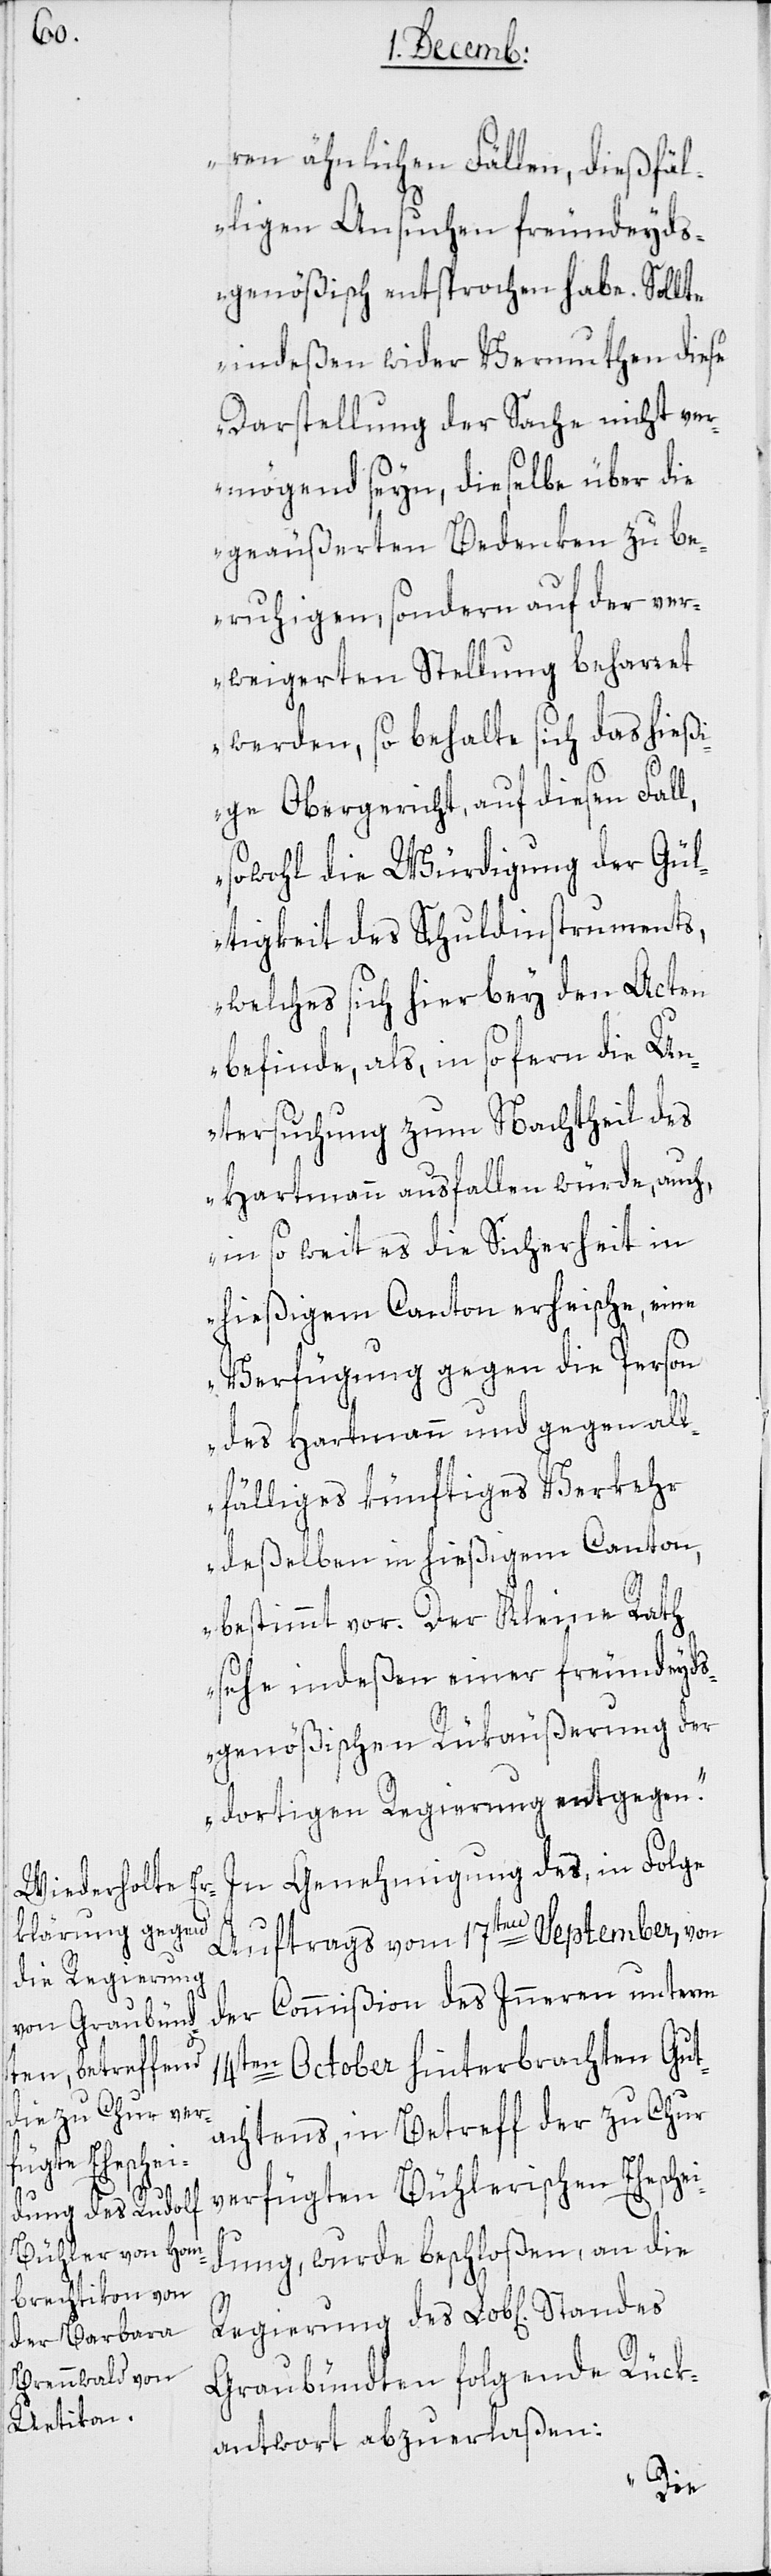
ren ähnlichen Fällen, dießfäl¬
ligen Ansuchen freundeyd¬
genößisch entsprochen habe. Sollte
indeßen wider Vermuthen diese
Darstellung der Sache nicht ver¬
mögend seyn, dieselbe über die
geäußerten Bedenken zu be¬
ruhigen, sondern auf der ver¬
weigerten Stellung beharret
werden, so behalte sich das hießi¬
ge Obergericht auf diesen Fall,
sowohl die Würdigung der Gül¬
tigkeit des Schuldinstruments,
welches sich hier bey den Akten
befinde, als insofern die Un¬
tersuchung zum Nachtheil des
Hartmann ausfallen würde, auch,
in so weit es die Sicherheit in
hießigem Canton erheische, eine
Verfügung gegen die Person
des Hartmann und gegen all¬
fälliges künftiges Verkehr
deßelben in hießigem Canton,
bestimmt vor. Der Kleine Rath
sehe indeßen einer freundeyds¬
genößischen Rükäußerung der
dortigen Regierung entgegen.“
In Genehmigung des, in Folge
Auftrags vom 17ten September, von
der Commißion des Inneren unterm
14ten October hinterbrachten Gut¬
achtens, in Betreff der zu Chur
verfügten Bühlerischen Eheschei¬
dung wurde beschloßen, an die
Graubündten folgende Rück¬
antwort abzuerlaßen:
des